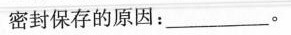
密封保存的原因：___。